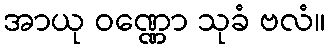
အာယု ဝဏ္ဏော သုခံ ဗလံ။